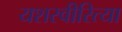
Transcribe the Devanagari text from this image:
यशस्‍वीरित्‍या